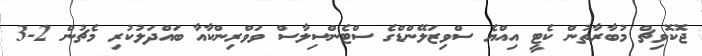
ޖޮކޮވިޗް މުބާރާތުން ކެޓީ އިއްޔެ ސްވިޒަލޭންޑްގެ ސްޓެންސިލާސް ވަވްރިންކާއާ ބައްދަލުކުރި މެޗުން 2-3